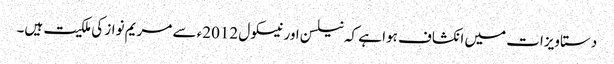
دستاویزات میں انکشاف ہوا ہے کہ نیلسن اور نیسکول 2012ء سے مریم نواز کی ملکیت ہیں۔